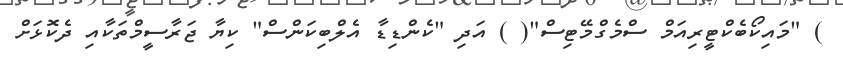
) "މައިކޯބެކްޓީރިއަމް ސްމެގްމޭޓިސް"( ) އަދި "ކެންޑިޑާ އެލްބިކަންސް" ކިޔާ ޖަރާސީމްތަކާއި ދެކޮޅަށް